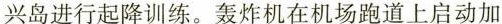
兴岛进行起降训练。轰炸机在机场跑道上启动加